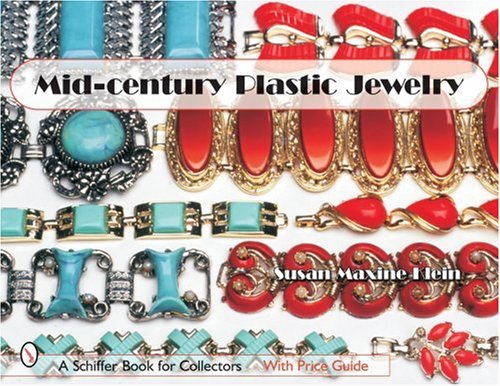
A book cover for Mid-century Plastic Jewelry (Schiffer Book for Collectors); Susan Maxine Klein; Crafts, Hobbies & Home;